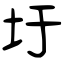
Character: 圩